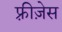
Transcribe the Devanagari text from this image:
फ़्रीज़ेस